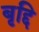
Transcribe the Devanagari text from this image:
बृद्दि